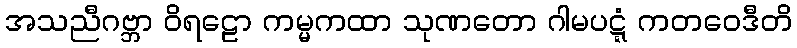
အသညီဂဗ္ဘာ ဝိရဠော ကမ္မကထာ သုဏတော ဂါမပဋ္ဋံ ကတဝေဒီတိ